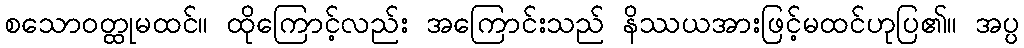
စသောဝတ္ထုမထင်။ ထိုကြောင့်လည်း အကြောင်းသည် နိဿယအားဖြင့်မထင်ဟုပြ၏။ အပ္ပ